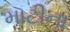
માટીના